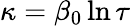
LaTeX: \kappa=\beta_{0}\ln\tau